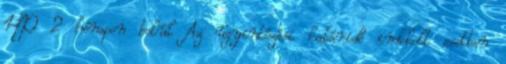
HP 2 hónapon belül Az ügyintézési határidő indokolt esetben